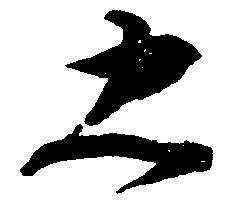
忠